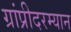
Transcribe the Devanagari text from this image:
ग्रांप्रीदरम्यान